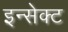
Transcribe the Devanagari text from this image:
इन्सेक्ट